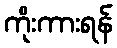
ကိုးကားရန်